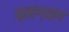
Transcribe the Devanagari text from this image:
त्सांग्यांग